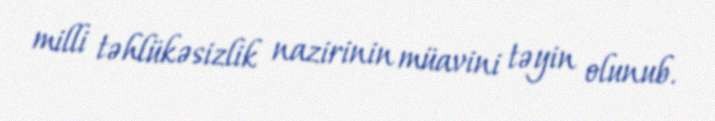
milli təhlükəsizlik nazirinin müavini təyin olunub.